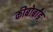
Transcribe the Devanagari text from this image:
कीबोर्बांड